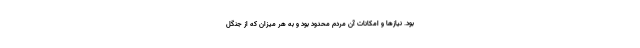
بود. نیازها و امکانات آن مردم محدود بود و به هر میزان که از جنگل